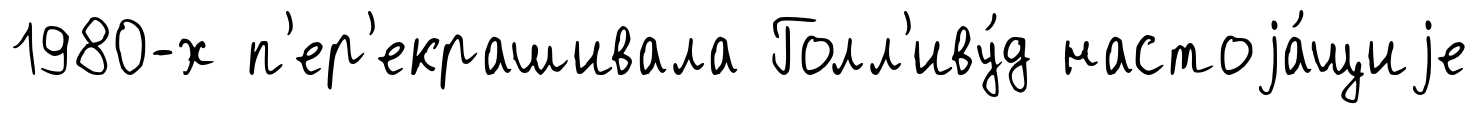
1980-х п'ер'екрашивала Голл'иву́д настоjа́щиjе